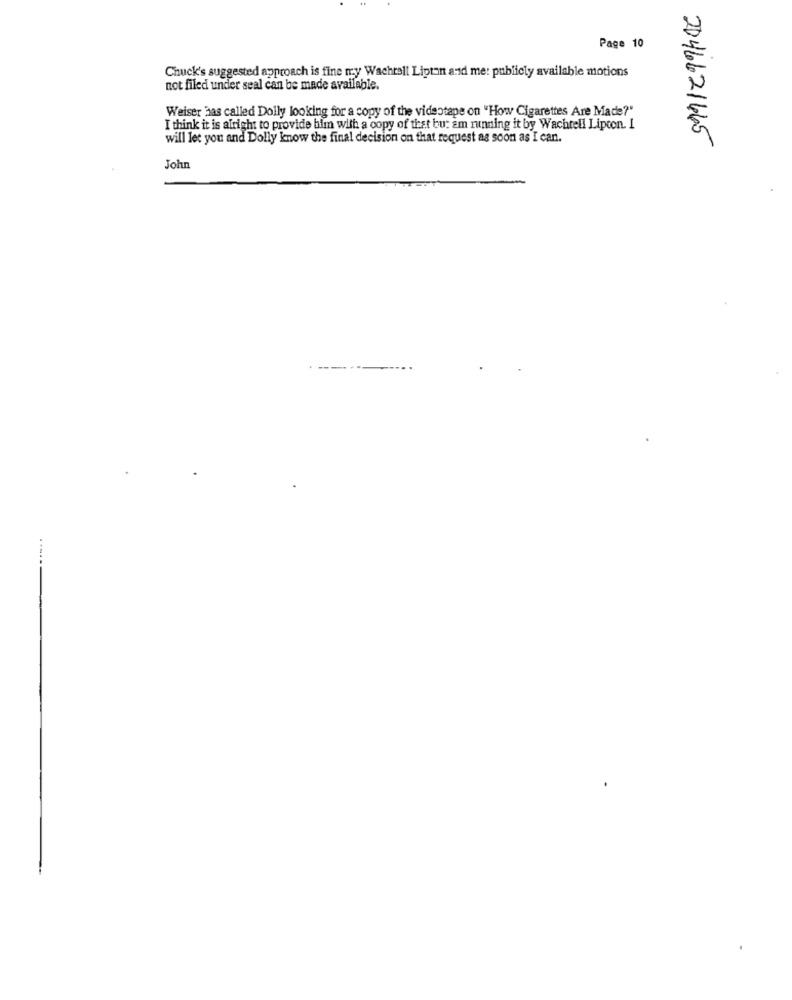
Page 10
Chuck's suggested approach is fine my Wachrell Lipton and me: publicly available motions
not filed under seal can be made available.
Weiser has called Dolly looking for a copy of the videotape on "How Cigarettes Are Made?"
I think it is alright to provide him with a copy of that bu: am running it by Wachtell Lipcon. I
will let you and Dolly know the final decision on that request as soon as I can.
2046621665
John